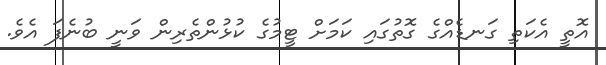
އޮތީ އެކަތި ގަނޑެއްގެ ގޮތުގައި ކަމަށް ޓީމުގެ ކުޅުންތެރިން ވަނީ ބުނެފަ އެވެ.